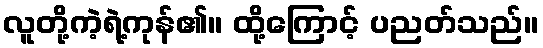
လူတို့ကဲ့ရဲ့ကုန်၏။ ထို့ကြောင့် ပညတ်သည်။